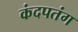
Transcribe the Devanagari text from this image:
कंदपतंग